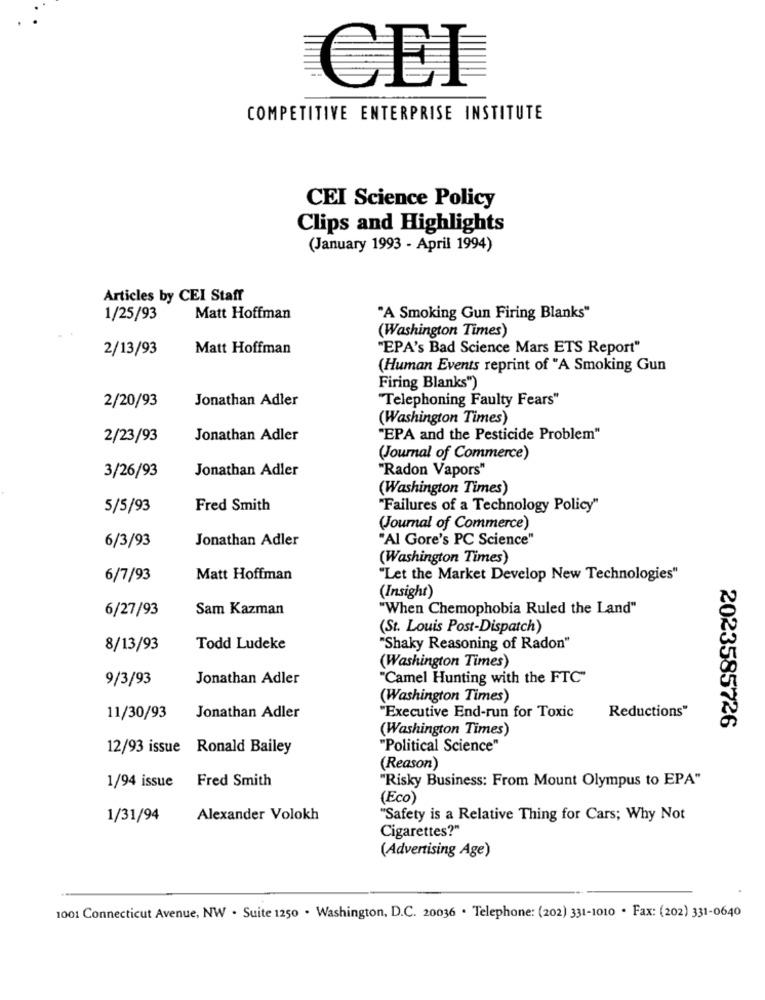
CEI
COMPETITIVE ENTERPRISE INSTITUTE
CEI Science Policy
Clips and Highlights
(January 1993 - April 1994)
Articles by CEI Staff
1/25/93
Matt Hoffman
"A Smoking Gun Firing Blanks"
(Washington Times)
2/13/93
Matt Hoffman
"EPA's Bad Science Mars ETS Report"
(Human Events reprint of "A Smoking Gun
Firing Blanks")
Jonathan Adler
"Telephoning Faulty Fears"
2/20/93
(Washington Times)
2/23/93
Jonathan Adler
"EPA and the Pesticide Problem"
(Journal of Commerce)
Jonathan Adler
"Radon Vapors"
3/26/93
(Washington Times)
5/5/93
Fred Smith
"Failures of a Technology Policy"
(Journal of Commerce)
Jonathan Adler
"Al Gore's PC Science"
6/3/93
(Washington Times)
6/7/93
Matt Hoffman
"Let the Market Develop New Technologies"
(Insight)
6/27/93
Sam Kazman
"When Chemophobia Ruled the Land"
(St. Louis Post-Dispatch)
8/13/93
Todd Ludeke
"Shaky Reasoning of Radon"
(Washington Times)
9/3/93
Jonathan Adler
"Camel Hunting with the FTC"
(Washington Times)
"Executive End-run for Toxic
11/30/93
Jonathan Adler
Reductions"
(Washington Times)
2023585726
12/93 issue Ronald Bailey
"Political Science"
(Reason)
1/94 issue Fred Smith
"Risky Business: From Mount Olympus to EPA"
(Eco)
1/31/94
Alexander Volokh
"Safety is a Relative Thing for Cars; Why Not
Cigarettes?"
(Advertising Age)
1001 Connecticut Avenue, NW . Suite 1250 . Washington, D.C. 20036 . Telephone: (202) 331-1010 · Fax: (202) 331-0640